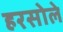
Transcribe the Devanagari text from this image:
हरसोले